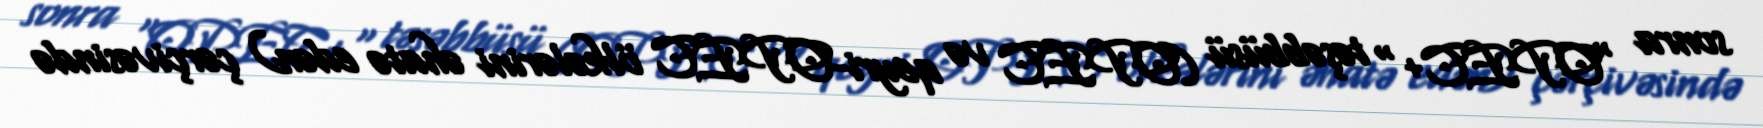
sonra "OPEC+" təşəbbüsü (OPEC və qeyri-OPEC ölkələrini əhatə edən) çərçivəsində